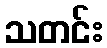
သတင်း